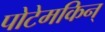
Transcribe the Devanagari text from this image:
पोटेमकिन्